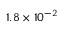
1 . 8 \times 1 0 ^ { - 2 }